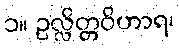
၁။ ဥလ္လိတ္တဝိဟာရ၊